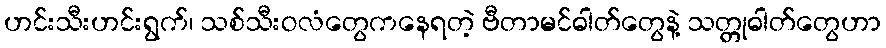
ဟင်းသီးဟင်းရွက်၊ သစ်သီးဝလံတွေကနေရတဲ့ ဗီတာမင်ဓါတ်တွေနဲ့ သတ္တုဓါတ်တွေဟာ